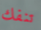
تنفك